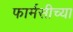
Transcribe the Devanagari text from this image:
फार्मसीच्या